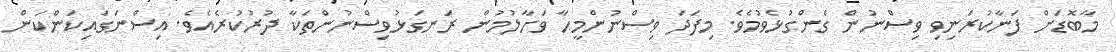
މާބޮޑަށް ފަނާކުރަނިވި ވިސްނުން ގެންގުޅެވުމެވެ. މިފަދަ ވިސްނުންމީހާ ވަށާލުމުން ރަނގަޅުވިސްނުންތަކާ ދުރުކުރެއެވެ. އިސްނަގައިކަންކަން